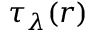
\tau _ { \lambda } ( r )